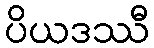
ပိယဒဿီ